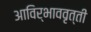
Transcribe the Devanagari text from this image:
आविर्भाववृत्ती